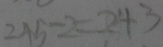
2 4 5 - 2 = 2 4 3